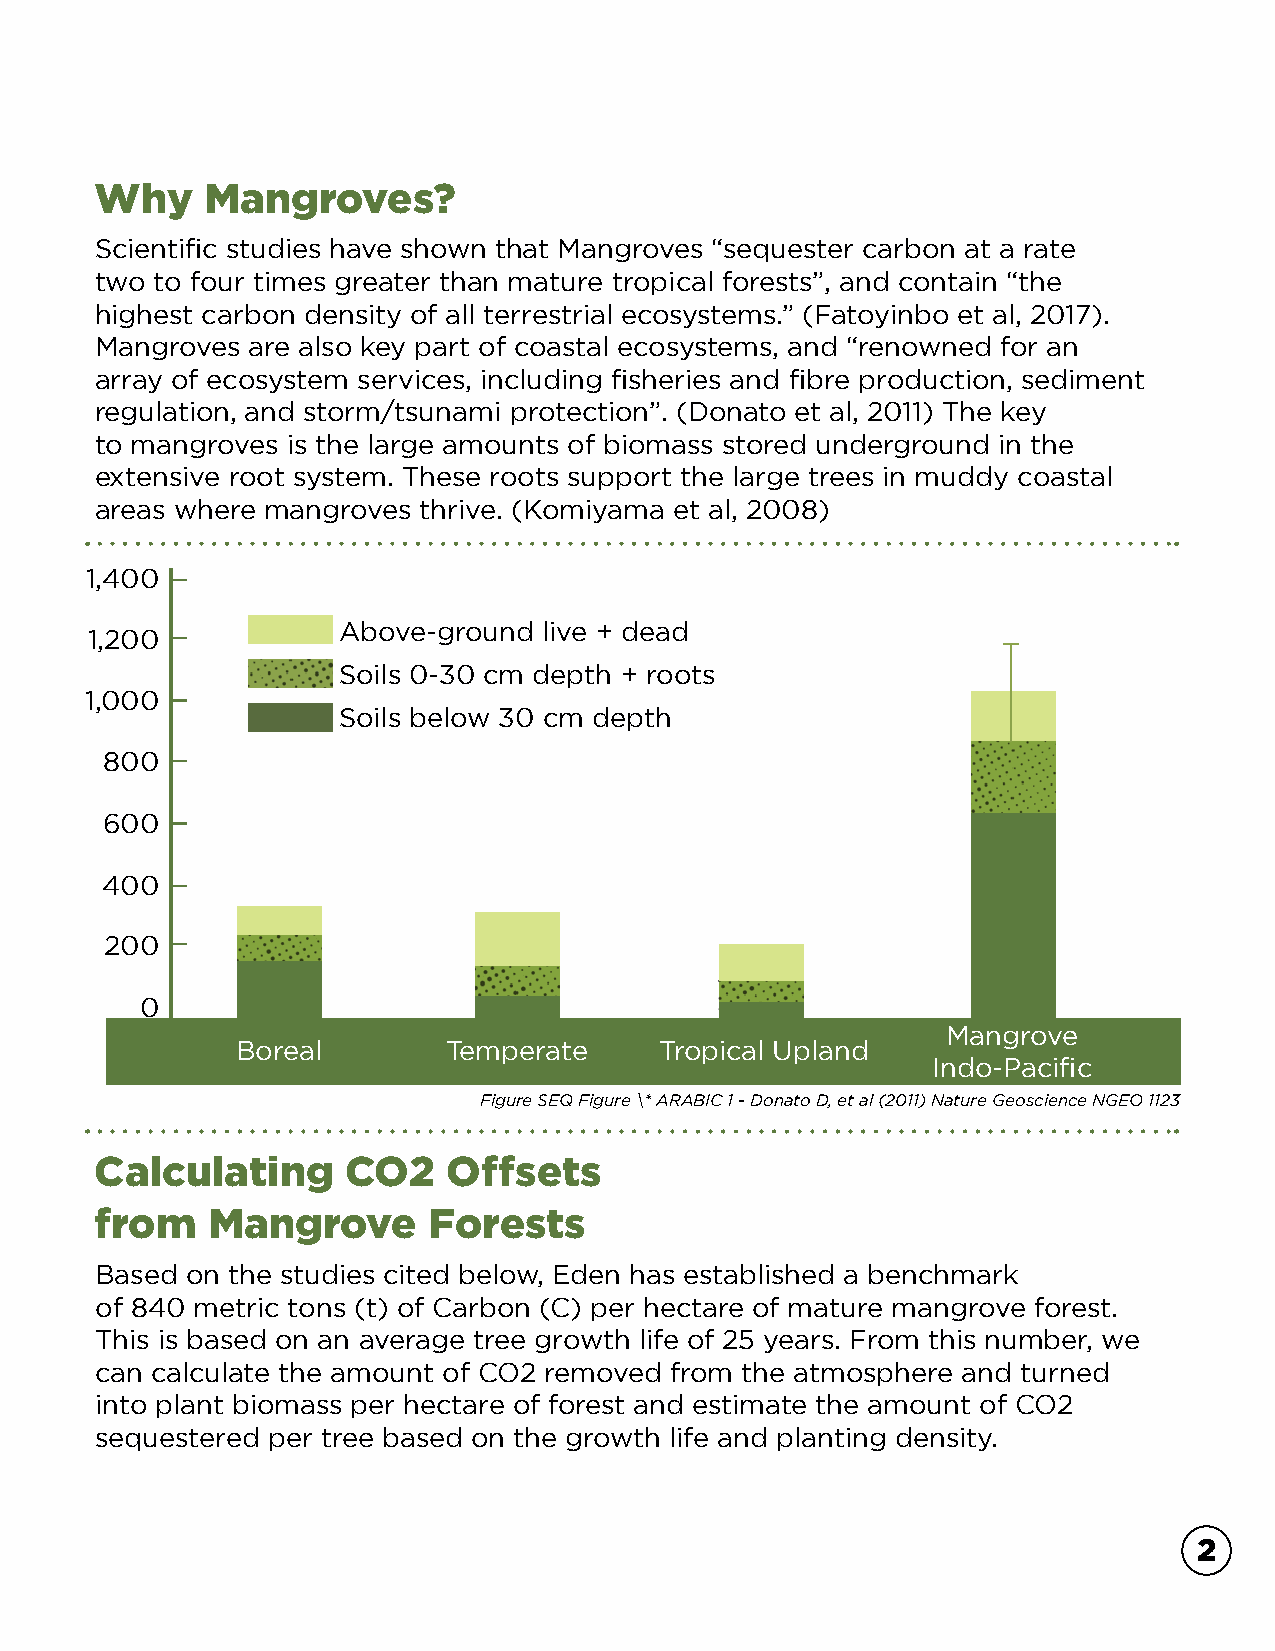
Why    Mangroves?
 Scientific studies have shown that Mangroves “sequester carbon at a rate
 two to four times greater than mature tropical forests”, and contain “the
 highest carbon density of all terrestrial ecosystems.” (Fatoyinbo et al, 2017).
 Mangroves are also key part of coastal ecosystems, and “renowned for an
 array of ecosystem services, including fisheries and fibre production, sediment
 regulation, and storm/tsunami protection”. (Donato et al, 2011) The key
 to mangroves is the large amounts of biomass stored underground in the
 extensive root system. These roots support the large trees in muddy coastal
 areas where mangroves thrive. (Komiyama et al, 2008)
 1,400
 Above-ground  live + dead
 1,200
 Soils 0-30 cm depth + roots
 1,000
 Soils below 30 cm depth
 800
 600
 400
 200
 0
 Mangrove
 Boreal       Temperate      Tropical Upland
 Indo-Pacific
 Figure SEQ Figure \* ARABIC 1 - Donato D, et al (2011) Nature Geoscience NGEO 1123
 Calculating      CO2    Offsets
 from    Mangrove      Forests
 Based on the studies cited below, Eden has established a benchmark
 of 840 metric tons (t) of Carbon (C) per hectare of mature mangrove forest.
 This is based on an average tree growth life of 25 years. From this number, we
 can calculate the amount of CO2 removed from the atmosphere and turned
 into plant biomass per hectare of forest and estimate the amount of CO2
 sequestered per tree based on the growth life and planting density.
 2